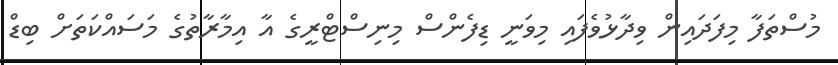
މުސްތަފާ މިފަދައިން ވިދާޅުވެފައި މިވަނީ ޑިފެންސް މިނިސްޓްރީގެ އާ އިމާރާތުގެ މަސައްކަތަށް ބިޑް